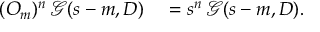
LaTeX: \begin{array} { r l } { ( O _ { m } ) ^ { n } \, { \mathcal { G } } ( s - m , D ) } & { { } = s ^ { n } \, { \mathcal { G } } ( s - m , D ) . } \end{array}